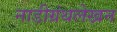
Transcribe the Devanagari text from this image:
नाडीग्रंथलेखन